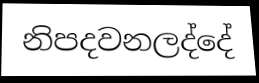
නිපදවනලද්දේ